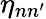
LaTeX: \eta_{nn^{\prime}}